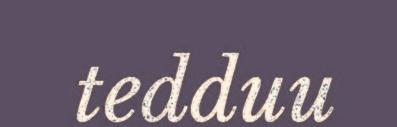
tedduu